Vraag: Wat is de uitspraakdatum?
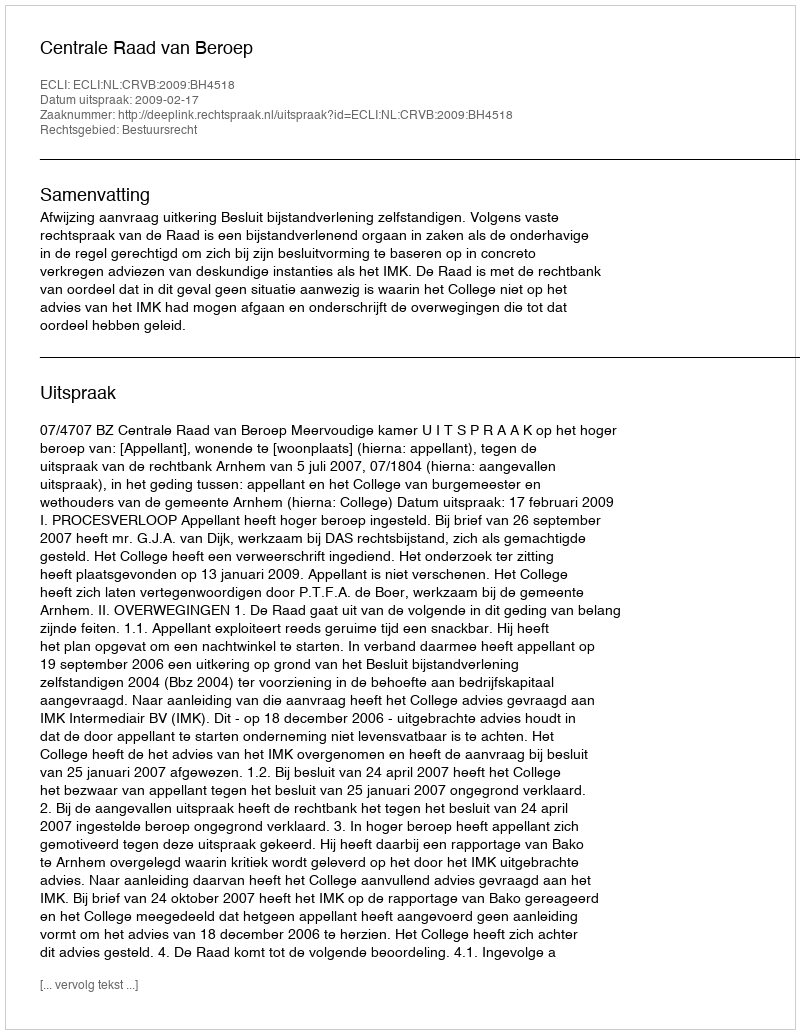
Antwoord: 2009-02-17